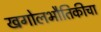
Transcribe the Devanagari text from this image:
खगोलभौतिकीचा